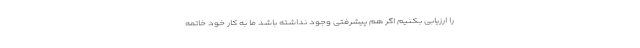
را ارزیابی بکنیم اگر هم پیشرفتی وجود نداشته باشد ما به کار خود خاتمه